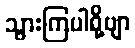
သွားကြပါစို့ဗျာ